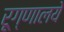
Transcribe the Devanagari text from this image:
रूग्णालये